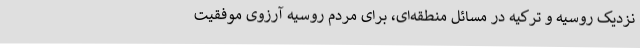
نزدیک روسیه و ترکیه در مسائل منطقه‌ای، برای مردم روسیه آرزوی موفقیت